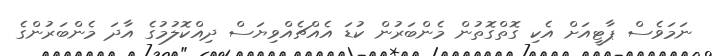
ނަމަވެސް ޕާޓީއަށް އެކި ގޮތްގޮތުން މެންބަރުން ކުޑަ އެއްޗެއްވިޔަސް ދިއްކޮލުމުގެ އާދަ މެންބަރުންގެ